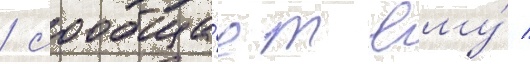
/ сообща́ет ему́ /